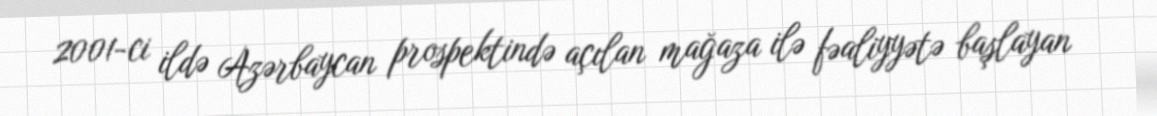
2001-ci ildə Azərbaycan prospektində açılan mağaza ilə fəaliyyətə başlayan